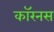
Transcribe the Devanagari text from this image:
कॉरनस